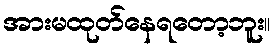
အားမထုတ်နေရတော့ဘူး။